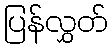
ပြန်လွှတ်